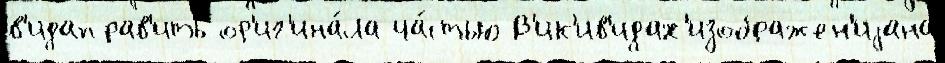
в'идаправ'ить ор'иг'ина́ла ча́стью В'ик'ив'идах'изображен'иjана